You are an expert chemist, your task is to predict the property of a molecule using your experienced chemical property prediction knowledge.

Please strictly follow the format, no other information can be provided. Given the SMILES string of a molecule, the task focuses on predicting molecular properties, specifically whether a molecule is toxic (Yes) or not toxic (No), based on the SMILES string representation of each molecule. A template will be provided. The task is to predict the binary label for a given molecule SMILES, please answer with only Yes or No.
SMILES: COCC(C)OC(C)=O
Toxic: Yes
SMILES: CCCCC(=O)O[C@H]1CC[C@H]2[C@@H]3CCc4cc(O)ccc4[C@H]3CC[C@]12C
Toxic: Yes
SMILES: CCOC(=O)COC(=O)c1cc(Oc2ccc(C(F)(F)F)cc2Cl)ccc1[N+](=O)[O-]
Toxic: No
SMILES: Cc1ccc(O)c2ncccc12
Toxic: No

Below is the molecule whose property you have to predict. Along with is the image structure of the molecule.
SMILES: CC1(C)NC(=O)N(c2ccc([N+](=O)[O-])c(C(F)(F)F)c2)C1=O
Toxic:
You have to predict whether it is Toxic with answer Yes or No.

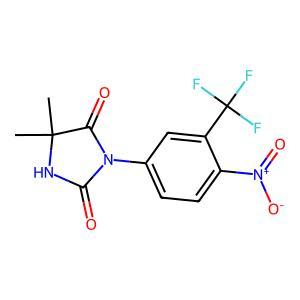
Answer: No